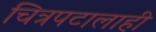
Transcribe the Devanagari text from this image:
चित्रपटालाही